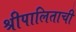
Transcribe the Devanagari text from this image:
श्रीपालिताची